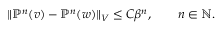
\Vert \mathbb { P } ^ { n } ( v ) - \mathbb { P } ^ { n } ( w ) \Vert _ { V } \leq C \beta ^ { n } , \qquad n \in \mathbb { N } .